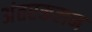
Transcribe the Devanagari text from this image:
अंतरकलन